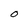
Character: O